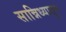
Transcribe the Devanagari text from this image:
सान्निध्यातून